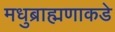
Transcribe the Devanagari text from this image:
मधुब्राह्मणाकडे